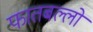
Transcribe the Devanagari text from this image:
फातबल्लों